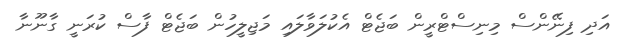
އަދި ފިނޭންސް މިނިސްޓްރީން ބަޖެޓް އެކުލަވާލައި މަޖިލީހުން ބަޖެޓް ފާސް ކުރަނީ ގާނޫނާ